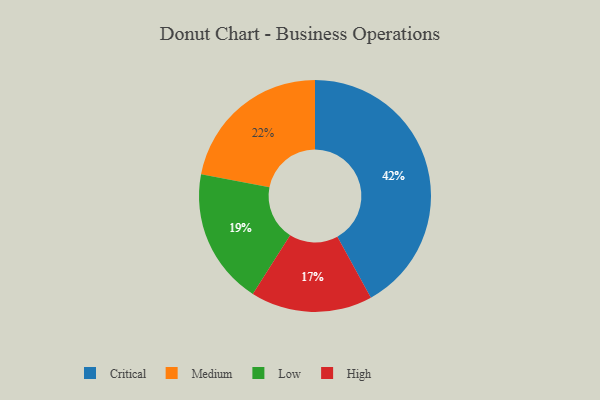
{"axis": {"x": "Category", "y": "Percentage"}, "legend": ["Critical", "High", "Low", "Medium"], "data": [{"x": "Critical", "y": 42, "type": "Critical"}, {"x": "Medium", "y": 22, "type": "Medium"}, {"x": "Low", "y": 19, "type": "Low"}, {"x": "High", "y": 17, "type": "High"}]}